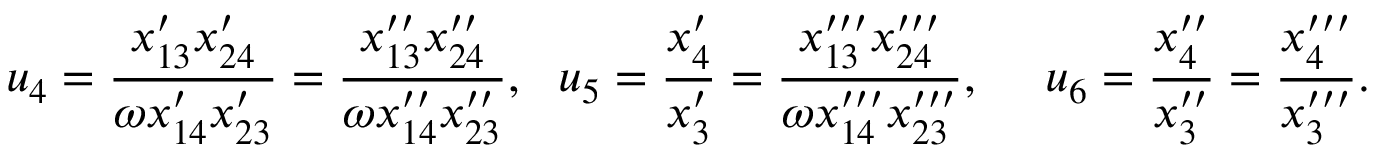
u _ { 4 } = \frac { x _ { 1 3 } ^ { \prime } x _ { 2 4 } ^ { \prime } } { \omega x _ { 1 4 } ^ { \prime } x _ { 2 3 } ^ { \prime } } = \frac { x _ { 1 3 } ^ { \prime \prime } x _ { 2 4 } ^ { \prime \prime } } { \omega x _ { 1 4 } ^ { \prime \prime } x _ { 2 3 } ^ { \prime \prime } } , ~ ~ u _ { 5 } = \frac { x _ { 4 } ^ { \prime } } { x _ { 3 } ^ { \prime } } = \frac { x _ { 1 3 } ^ { \prime \prime \prime } x _ { 2 4 } ^ { \prime \prime \prime } } { \omega x _ { 1 4 } ^ { \prime \prime \prime } x _ { 2 3 } ^ { \prime \prime \prime } } , ~ ~ ~ ~ u _ { 6 } = \frac { x _ { 4 } ^ { \prime \prime } } { x _ { 3 } ^ { \prime \prime } } = \frac { x _ { 4 } ^ { \prime \prime \prime } } { x _ { 3 } ^ { \prime \prime \prime } } . ~